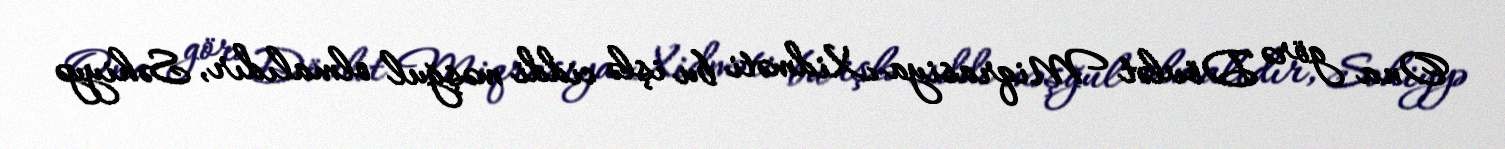
Ona görə Dövlət Miqrasiya Xidməti bu işlə ciddi məşğul olmalıdır, Səhiyyə